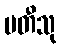
ပတီသု